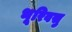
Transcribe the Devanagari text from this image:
भूरिवसु